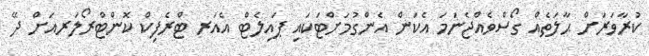
ކުރާވަރަށް ޙާލަތެއް ގޯސްވެއްޖެނަމަ އެކަން އެންގުމަށްޓަކައި ޕައިލެޓް އެއަރ ޓްރެފިކް ކޮންޓްރޯލަރއަށް ދޭ